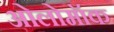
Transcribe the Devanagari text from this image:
ओलोमॉक